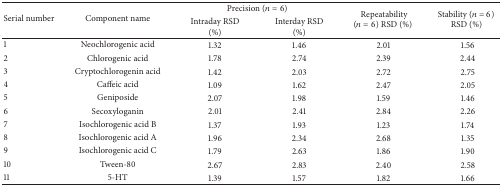
<table><thead><tr><td rowspan="2"><b>Serial number</b></td><td rowspan="2"><b>Component name</b></td><td colspan="2"><b>Precision (<i>n</i> = 6)</b></td><td rowspan="2"><b>Repeatability (<i>n</i> = 6) RSD (%)</b></td><td rowspan="2"><b>Stability (<i>n</i> = 6) RSD (%)</b></td></tr><tr><td><b>Intraday RSD (%)</b></td><td><b>Interday RSD (%)</b></td></tr></thead><tbody><tr><td>1</td><td>Neochlorogenic acid</td><td>1.32</td><td>1.46</td><td>2.01</td><td>1.56</td></tr><tr><td>2</td><td>Chlorogenic acid</td><td>1.78</td><td>2.74</td><td>2.39</td><td>2.44</td></tr><tr><td>3</td><td>Cryptochlorogenin acid</td><td>1.42</td><td>2.03</td><td>2.72</td><td>2.75</td></tr><tr><td>4</td><td>Caffeic acid</td><td>1.09</td><td>1.62</td><td>2.47</td><td>2.05</td></tr><tr><td>5</td><td>Geniposide</td><td>2.07</td><td>1.98</td><td>1.59</td><td>1.46</td></tr><tr><td>6</td><td>Secoxyloganin</td><td>2.01</td><td>2.41</td><td>2.84</td><td>2.26</td></tr><tr><td>7</td><td>Isochlorogenic acid B</td><td>1.37</td><td>1.93</td><td>1.23</td><td>1.74</td></tr><tr><td>8</td><td>Isochlorogenic acid A</td><td>1.96</td><td>2.34</td><td>2.68</td><td>1.35</td></tr><tr><td>9</td><td>Isochlorogenic acid C</td><td>1.79</td><td>2.63</td><td>1.86</td><td>1.90</td></tr><tr><td>10</td><td>Tween-80</td><td>2.67</td><td>2.83</td><td>2.40</td><td>2.58</td></tr><tr><td>11</td><td>5-HT</td><td>1.39</td><td>1.57</td><td>1.82</td><td>1.66</td></tr></tbody></table>